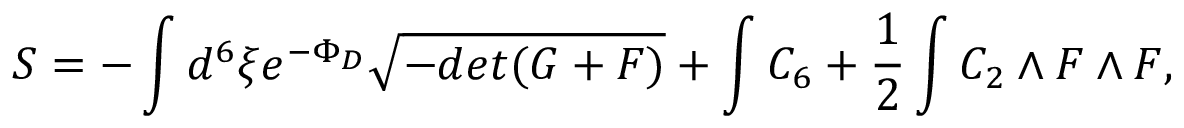
S = - \int d ^ { 6 } \xi e ^ { - \Phi _ { D } } \sqrt { - d e t ( G + F ) } + \int C _ { 6 } + { \frac { 1 } { 2 } } \int C _ { 2 } \wedge F \wedge F ,